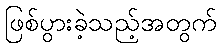
ဖြစ်ပွားခဲ့သည့်အတွက်